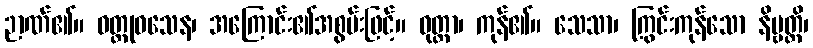
ဉာဏ်၏။ ဝတ္ထုဝသေန၊ အကြောင်း၏အစွမ်းဖြင့်။ ဝုတ္တာ၊ ကုန်၏။ သေသာ၊ ကြွင်းကုန်သော နိဗ္ဗတ္တိ၊